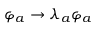
\varphi _ { a } \rightarrow \lambda _ { a } \varphi _ { a }